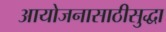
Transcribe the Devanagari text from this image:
आयोजनासाठीसुद्धा